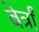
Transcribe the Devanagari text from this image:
बेर्त्रां